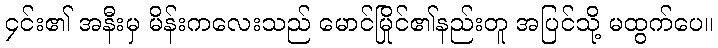
၄င်း၏ အနီးမှ မိန်းကလေးသည် မောင်မြိုင်၏နည်းတူ အပြင်သို့ မထွက်ပေ။